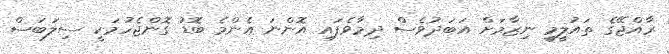
ރާއްޖޭގެ ތައުލީމީ ނިޒާމަށް އަބަދުވެސް ދިމާވެފައި އޮންނަ އެންމެ ބޮޑު ގޮންޖެހުމަކީ ސިލަބަސް